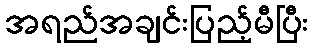
အရည်အချင်းပြည့်မီပြီး